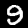
Digit: 9